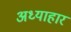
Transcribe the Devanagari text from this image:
अध्याहार